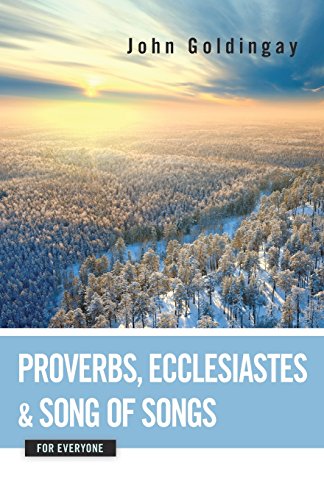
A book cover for Proverbs, Ecclesiastes, and Song of Songs for Everyone (The Old Testament from Everyone); John Goldingay; Christian Books & Bibles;